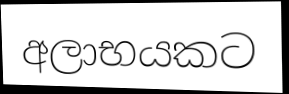
අලාභයකට